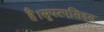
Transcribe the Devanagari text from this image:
है।सुपरएसिड्स